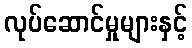
လုပ်ဆောင်မှုများနှင့်